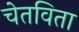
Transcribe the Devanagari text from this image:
चेतविता